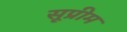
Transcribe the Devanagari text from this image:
सूप्रीम